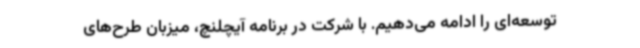
توسعه‌ای را ادامه می‌دهیم. با شرکت در برنامه آیچلنچ، میزبان طرح‌های